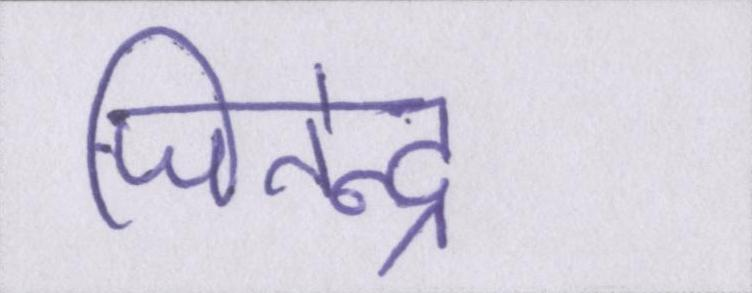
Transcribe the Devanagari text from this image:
जितेन्द्र